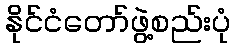
နိုင်ငံတော်ဖွဲ့စည်းပုံ